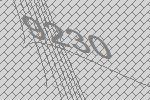
9230